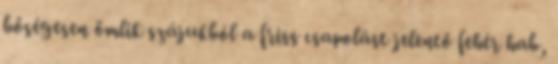
bőségesen ömlik szájukból a friss csapolást jelentő fehér hab,